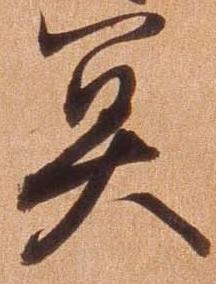
冥